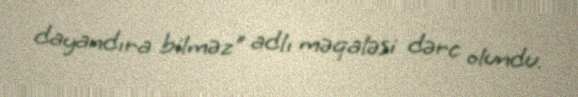
dayandıra bilməz" adlı məqaləsi dərc olundu.